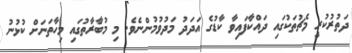
ދަތުރުކުރީ މެޗުތަކުގައި ދައްކާފައިވާ ކާޑުގެ އަދަދު މަދުވުމުންނެވެ. މި މުބާރާތުގައި މިހާތަނަށް ކުޅުނު